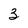
Character: 3